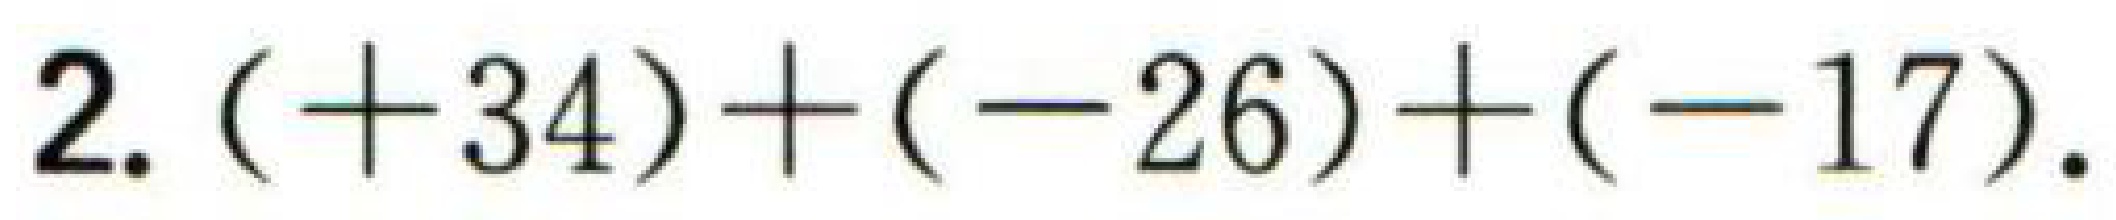
$2.(+34)+(-26)+(-17).$